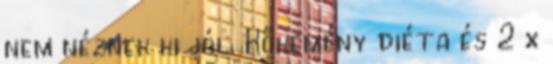
nem néznek ki jól. Kőkemény diéta és 2 x